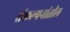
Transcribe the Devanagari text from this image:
संकल्पनांतील